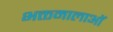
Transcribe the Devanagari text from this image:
भक्तमालाओं